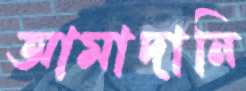
আমাদানি